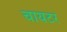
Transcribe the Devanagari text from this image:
चायटर